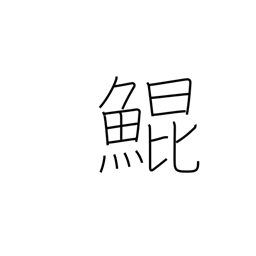
Meaning: large mythical fish